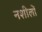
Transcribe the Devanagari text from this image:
नशीलों